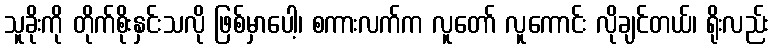
သူခိုးကို တိုက်စိုးနှင်းသလို ဖြစ်မှာပေါ့၊ စကားလက်က လူတော် လူကောင်း လိုချင်တယ်၊ ရိုးလည်း